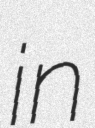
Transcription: in